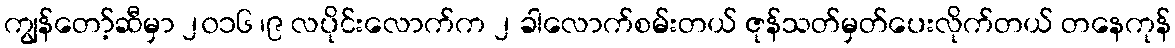
ကျွန်တော့်ဆီမှာ ၂၀၁၆ ၊၉ လပိုင်းလောက်က ၂ ခါလောက်စမ်းတယ် ဇုန်သတ်မှတ်ပေးလိုက်တယ် တနေကုန်